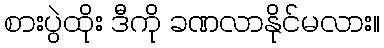
စားပွဲထိုး ဒီကို ခဏလာနိုင်မလား။